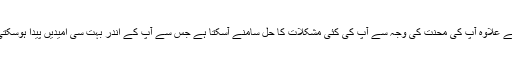
اس کے علاوہ آپ کی محنت کی وجہ سے آپ کی کئی مشکلات کا حل سامنے آسکتا ہے جس سے آپ کے اندر بہت سی امیدیں پیدا ہوسکتی ہیں۔